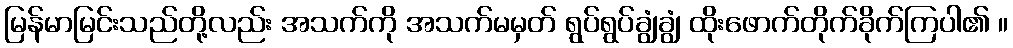
မြန်မာမြင်းသည်တို့လည်း အသက်ကို အသက်မမှတ် ရွပ်ရွပ်ချွံချွံ ထိုးဖောက်တိုက်ခိုက်ကြပါ၏ ။